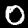
Digit: 0